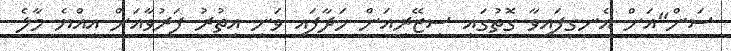
ސަން"އަށް އެނގިފައިވާ ގޮތުގައި ސިޒޭރިއަން ހަދާފައި ވަނީ އިތުރު ފަރުވާއަށް އިއްޔެ މާލެ